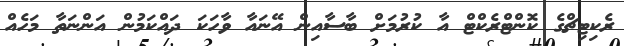
ރެކިޓިޗްގެ ކޮންޓްރެކްޓް އާ ކުރުމަށް ބާސާއިން އޭނައާ ވާހަކަ ދައްކަމުން އަންނަތާ މަހެއް